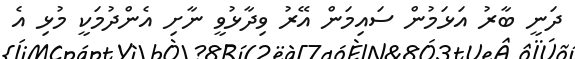
ދަނީ ބާރު އަޅަމުން ސައިމަން އޭރު ވިދާޅުވީ ނާށި އެންދުމަކީ މުޅި އެ